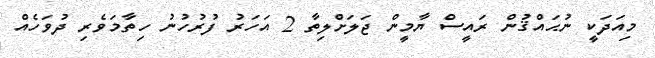
މިއަދަކީ ނުޙައްޤުން ރައީސް ޔާމީން ޖަލަށްލިތާ 2 އަހަރު ފުރުހުނު ހިތާމަވެރި ދުވަހެއް